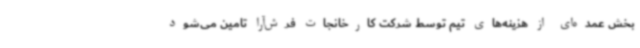
بخش عمده‌ای از هزینه‌های تیم توسط شرکت کارخانجات فرش‌آرا تامین می‌شود